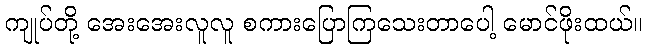
ကျုပ်တို့ အေးအေးလူလူ စကားပြောကြသေးတာပေါ့ မောင်ဖိုးထယ်။